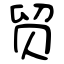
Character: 贸